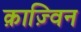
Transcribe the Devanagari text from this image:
क़ाज़्विन